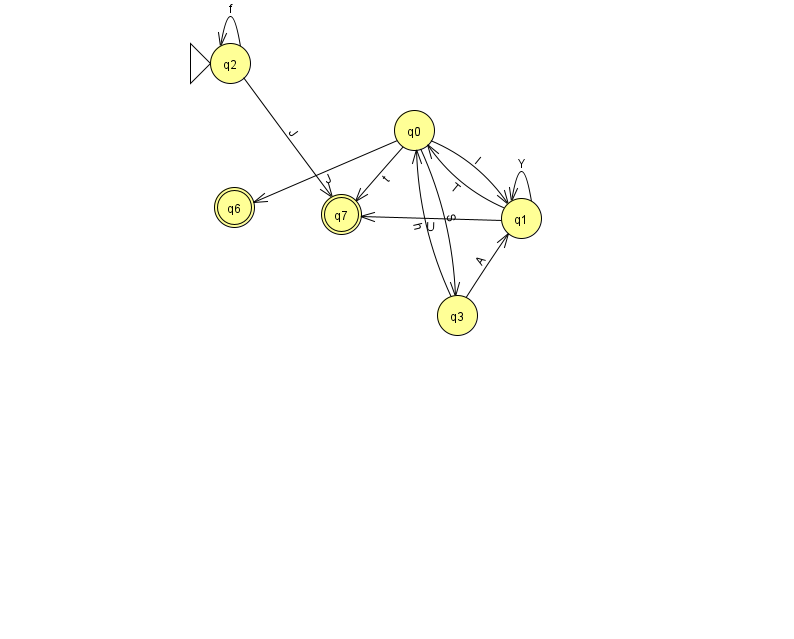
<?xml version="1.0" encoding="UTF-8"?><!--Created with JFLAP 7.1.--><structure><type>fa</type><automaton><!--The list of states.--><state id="0" name="q0"><x>414.0</x><y>117.0</y></state><state id="1" name="q1"><x>521.0</x><y>205.0</y></state><state id="2" name="q2"><x>230.0</x><y>50.0</y><initial/></state><state id="3" name="q3"><x>457.0</x><y>302.0</y></state><state id="6" name="q6"><x>234.0</x><y>194.0</y><final/></state><state id="7" name="q7"><x>341.0</x><y>201.0</y><final/></state><!--The list of transitions.--><transition><from>1</from><to>0</to><read>T</read></transition><transition><from>1</from><to>7</to><read>U</read></transition><transition><from>0</from><to>6</to><read>J</read></transition><transition><from>0</from><to>7</to><read>t</read></transition><transition><from>3</from><to>0</to><read>h</read></transition><transition><from>2</from><to>2</to><read>f</read></transition><transition><from>0</from><to>1</to><read>l</read></transition><transition><from>3</from><to>1</to><read>A</read></transition><transition><from>1</from><to>1</to><read>Y</read></transition><transition><from>2</from><to>7</to><read>J</read></transition><transition><from>0</from><to>3</to><read>S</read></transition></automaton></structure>